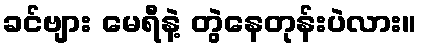
ခင်ဗျား မေရီနဲ့ တွဲနေတုန်းပဲလား။